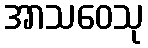
အာသဝေသု